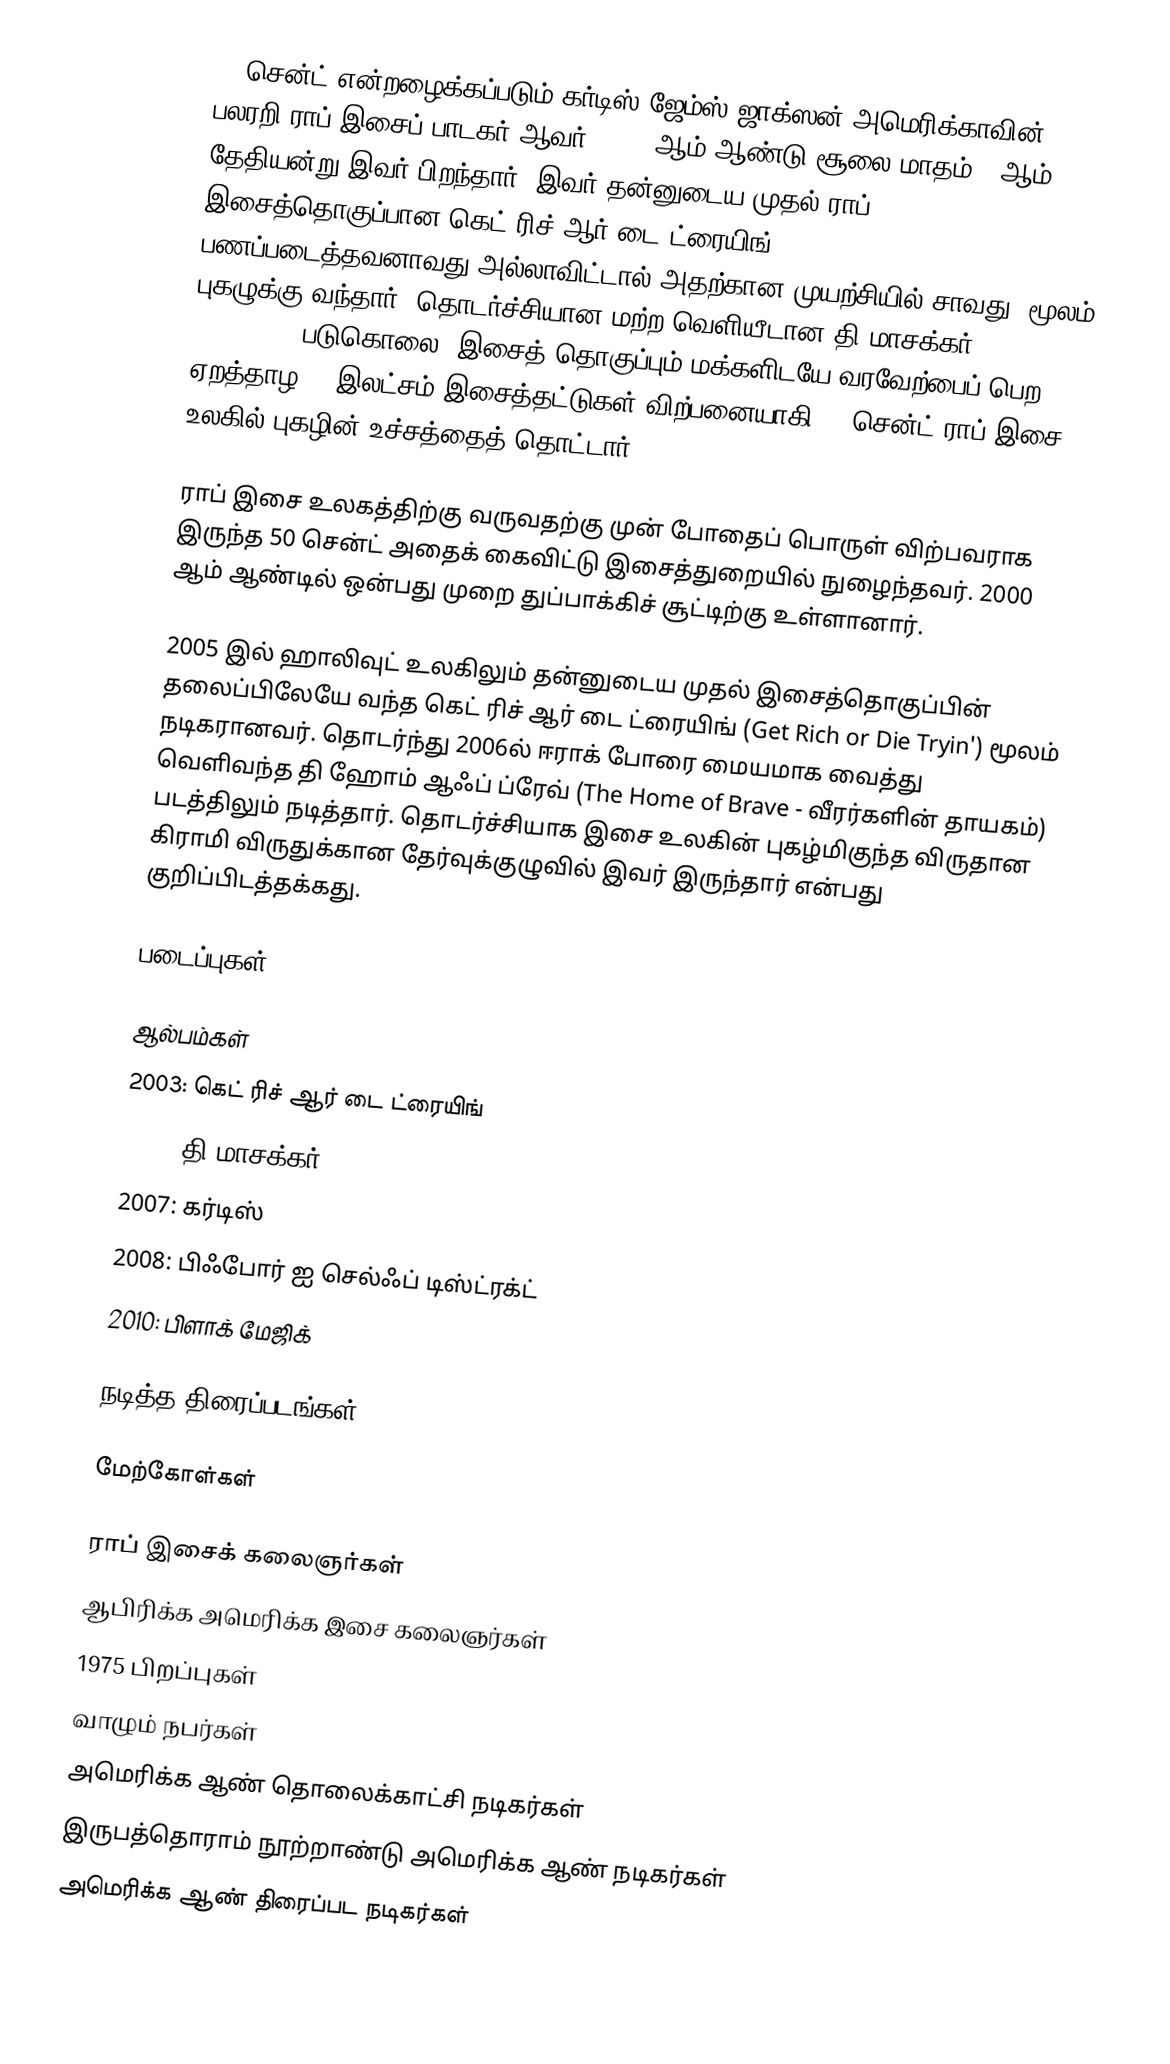
50 சென்ட் என்றழைக்கப்படும் கர்டிஸ் ஜேம்ஸ் ஜாக்ஸன் அமெரிக்காவின் பலரறி ராப் இசைப் பாடகர் ஆவர். 1975 ஆம் ஆண்டு சூலை மாதம் 6 ஆம் தேதியன்று இவர் பிறந்தார்.  இவர் தன்னுடைய முதல் ராப் இசைத்தொகுப்பான கெட் ரிச் ஆர் டை ட்ரையிங் (Get Rich or Die Tryin' - பணப்படைத்தவனாவது அல்லாவிட்டால் அதற்கான முயற்சியில் சாவது) மூலம் புகழுக்கு வந்தார். தொடர்ச்சியான மற்ற வெளியீடான தி மாசக்கர் (The Massacre - படுகொலை) இசைத் தொகுப்பும் மக்களிடயே வரவேற்பைப் பெற, ஏறத்தாழ 20 இலட்சம் இசைத்தட்டுகள் விற்பனையாகி 50 சென்ட் ராப் இசை உலகில் புகழின் உச்சத்தைத் தொட்டார்.

ராப் இசை உலகத்திற்கு வருவதற்கு முன் போதைப் பொருள் விற்பவராக இருந்த 50 சென்ட் அதைக் கைவிட்டு இசைத்துறையில் நுழைந்தவர். 2000 ஆம் ஆண்டில் ஒன்பது முறை துப்பாக்கிச் சூட்டிற்கு உள்ளானார்.

2005 இல் ஹாலிவுட் உலகிலும் தன்னுடைய முதல் இசைத்தொகுப்பின் தலைப்பிலேயே வந்த கெட் ரிச் ஆர் டை ட்ரையிங் (Get Rich or Die Tryin') மூலம் நடிகரானவர். தொடர்ந்து 2006ல் ஈராக் போரை மையமாக வைத்து வெளிவந்த தி ஹோம் ஆஃப் ப்ரேவ் (The Home of Brave - வீரர்களின் தாயகம்) படத்திலும் நடித்தார். தொடர்ச்சியாக இசை உலகின் புகழ்மிகுந்த விருதான கிராமி விருதுக்கான தேர்வுக்குழுவில் இவர் இருந்தார் என்பது குறிப்பிடத்தக்கது.

படைப்புகள்

ஆல்பம்கள்
2003: கெட் ரிச் ஆர் டை ட்ரையிங்
2005: தி மாசக்கர்
2007: கர்டிஸ்
2008: பிஃபோர் ஐ செல்ஃப் டிஸ்ட்ரக்ட்
2010: பிளாக் மேஜிக்

நடித்த திரைப்படங்கள்

மேற்கோள்கள்

ராப் இசைக் கலைஞர்கள்
ஆபிரிக்க அமெரிக்க இசை கலைஞர்கள்
1975 பிறப்புகள்
வாழும் நபர்கள்
அமெரிக்க ஆண் தொலைக்காட்சி நடிகர்கள்
இருபத்தொராம் நூற்றாண்டு அமெரிக்க ஆண் நடிகர்கள்
அமெரிக்க ஆண் திரைப்பட நடிகர்கள்